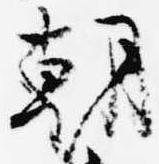
朝